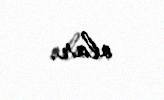
olar.